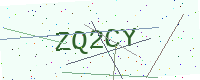
Text: ZQ2CY